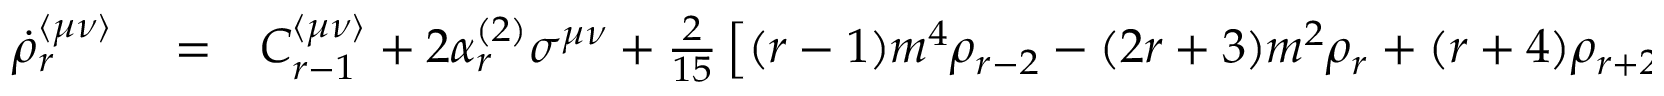
\begin{array} { r l r } { \dot { \rho } _ { r } ^ { \langle \mu \nu \rangle } } & { { } = } & { C _ { r - 1 } ^ { \langle \mu \nu \rangle } + 2 \alpha _ { r } ^ { ( 2 ) } \sigma ^ { \mu \nu } + \frac { 2 } { 1 5 } \left[ ( r - 1 ) m ^ { 4 } \rho _ { r - 2 } - ( 2 r + 3 ) m ^ { 2 } \rho _ { r } + ( r + 4 ) \rho _ { r + 2 } \right] \sigma ^ { \mu \nu } + r \rho _ { r - 1 } ^ { \mu \nu \lambda } \dot { u } _ { \lambda } + } \end{array}